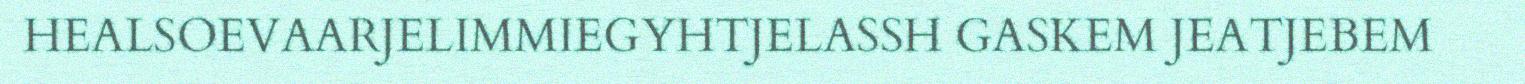
HEALSOEVAARJELIMMIEGYHTJELASSH GASKEM JEATJEBEM